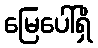
မြေပေါ်ရှိ